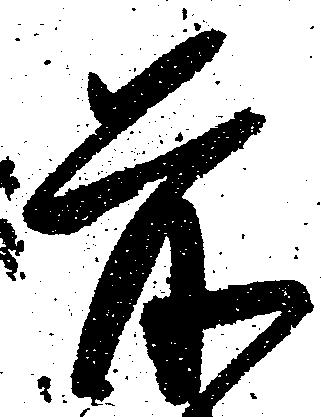
前